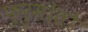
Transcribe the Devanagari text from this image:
फ़ुरुमोतो